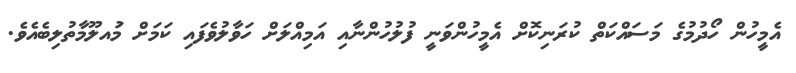
އެމީހުން ހޯދުމުގެ މަސައްކަތް ކުރަނިކޮށް އެމީހުންވަނީ ފުލުހުންނާއި އަމިއްލަށް ހަވާލުވެފައި ކަމަށް މަުއލޫމާތުލިބެއެވެ.